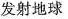
发射地球